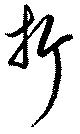
折